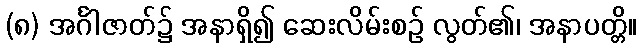
(၈) အင်္ဂါဇာတ်၌ အနာရှိ၍ ဆေးလိမ်းစဉ် လွတ်၏၊ အနာပတ္တိ။